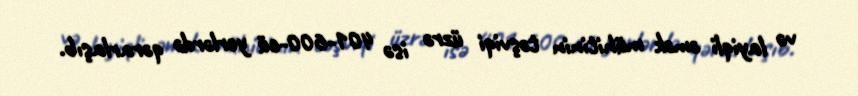
və layiqli əmək mühitinin təşviqi üzrə isə 401-600-cü yerlərdə qərarlaşıb.